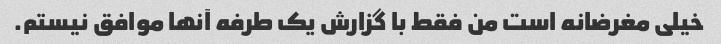
خیلی مغرضانه است من فقط با گزارش یک طرفه آنها موافق نیستم.